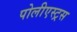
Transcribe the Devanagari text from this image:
पोलीएस्ट्रस